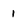
Character: I